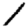
Digit: 1